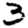
Digit: 3